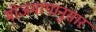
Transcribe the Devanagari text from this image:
मोजमापानुसार